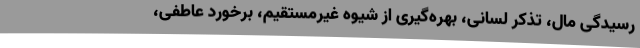
رسیدگی مال، تذکر لسانی، بهره‌گیری از شیوه غیرمستقیم، برخورد عاطفی،